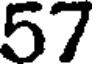
57